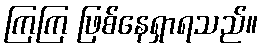
ကြကြ ဖြစ်နေရှာရသည်။